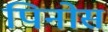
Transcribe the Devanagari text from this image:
पिनोस